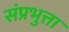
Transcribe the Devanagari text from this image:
संप्रभुत्ता